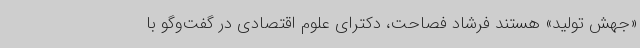
«جهش تولید» هستند فرشاد فصاحت، دکترای علوم اقتصادی در گفت‌وگو با